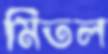
মিতল